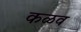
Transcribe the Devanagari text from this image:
कळव